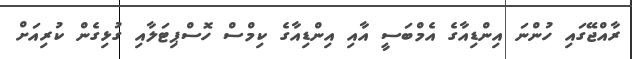
ރާއްޖޭގައި ހުންނަ އިންޑިއާގެ އެމްބަސީ އާއި އިންޑިއާގެ ކިމްސް ހޮސްޕިޓަލާއި ގުޅިގެން ކުރިއަށް